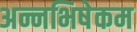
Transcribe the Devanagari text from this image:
अन्नभिषेकम